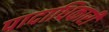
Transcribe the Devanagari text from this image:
पादाधिकारी